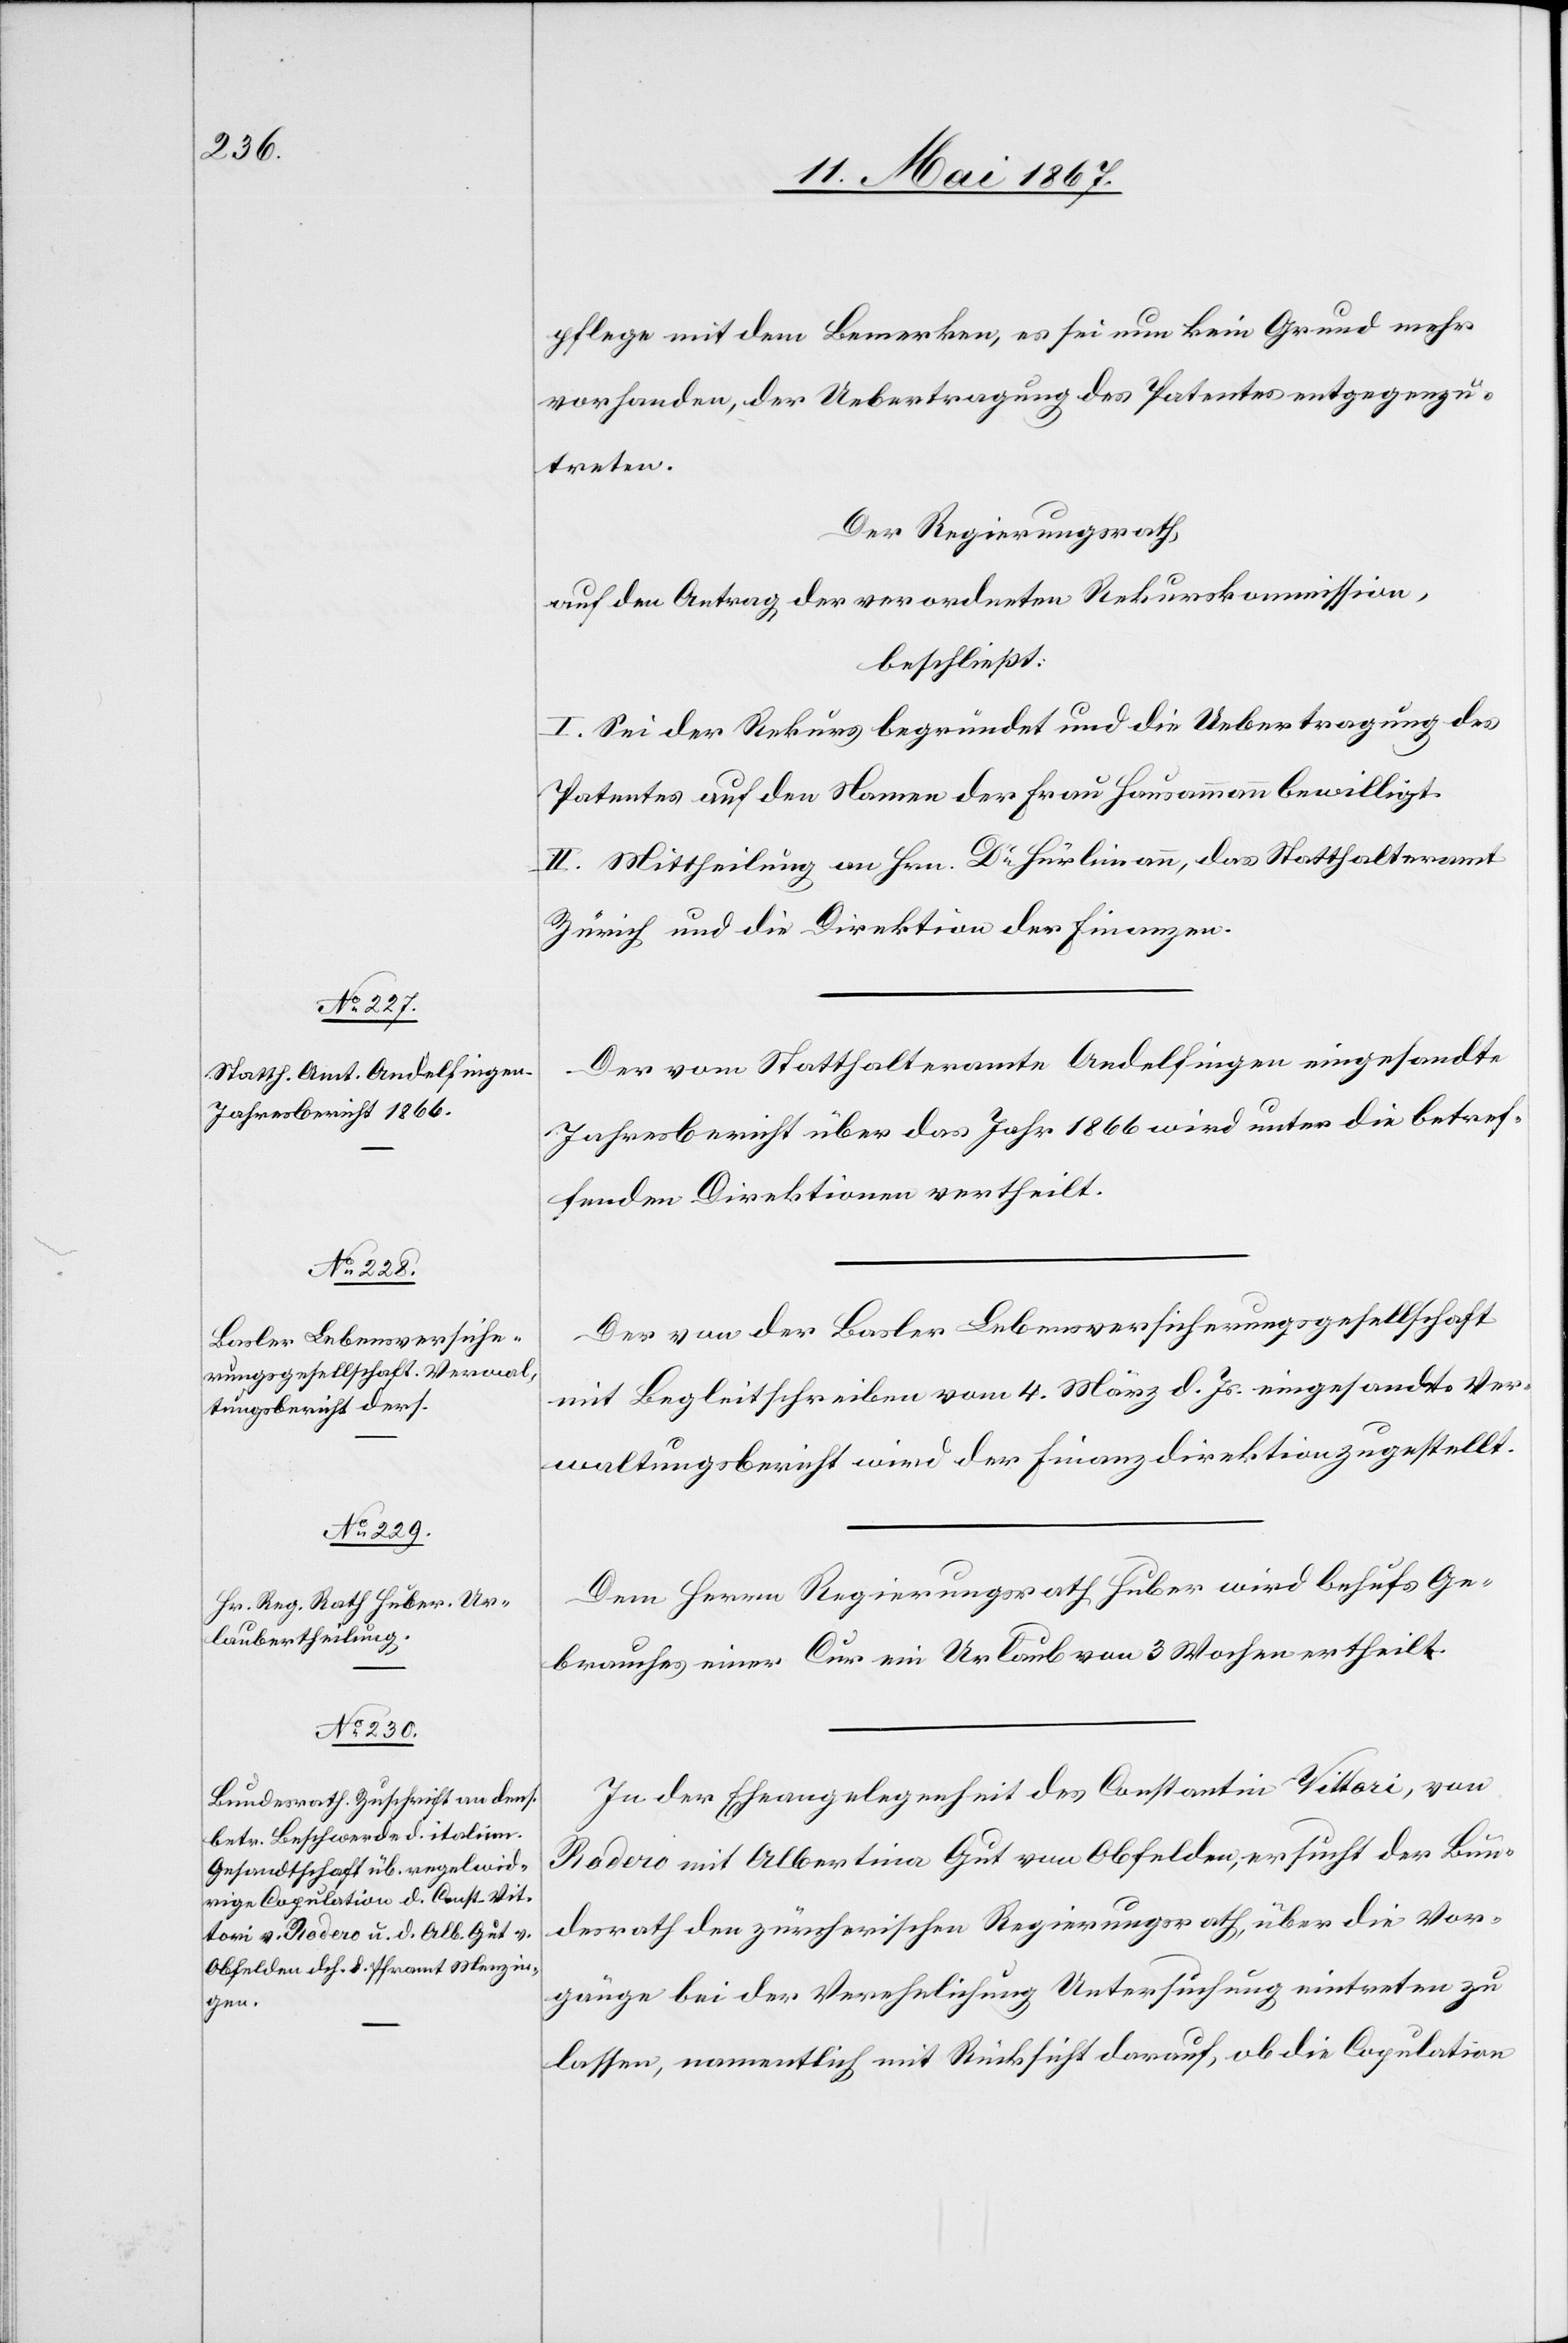
pflege mit dem Bemerken, es sei nun kein Grund mehr
vorhanden, der Uebertragung des Patentes entgegenzu¬
treten.
Der Regierungsrath,
auf den Antrag der verordneten Rekurskommission,
beschließt:
I. Sei der Rekurs begründet und die Uebertragung des
Patentes auf den Namen der Frau Hausammann bewilligt.
II. Mittheilung an Hrn. Dr Hürlimann, das Statthalteramt
Zürich und die Direktion der Finanzen.
Der vom Statthalteramte Andelfingen eingesandte
Jahresbericht über das Jahr 1866 wird unter die betref¬
fenden Direktionen vertheilt.
Der von der Basler Lebensversicherungsgesellschaft
mit Begleitschreiben vom 4. März d. Js. eingesandte Ver¬
waltungsbericht wird der Finanzdirektion zugestellt.
Dem Herrn Regierungsrath Huber wird behufs Ge¬
brauches einer Cur ein Urlaub von 3 Wochen ertheilt.
In der Eheangelegenheit des Constantin Vittori, von
Rodero mit Albertina Gut von Obfelden, ersucht der Bun¬
desrath den zürcherischen Regierungsrath, über die Vor¬
gänge bei der Verehlichung Untersuchung eintreten zu
lassen, namentlich mit Rücksicht darauf, ob die Copulation